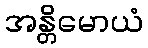
အန္တိမောယံ